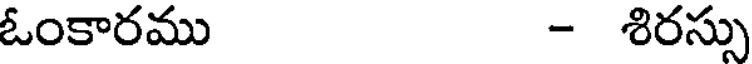
ఓంకారము - శిరస్సు